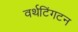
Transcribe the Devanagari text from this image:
वर्थटिंगटन